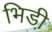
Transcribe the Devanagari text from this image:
भिडी़